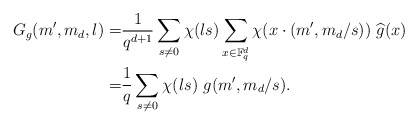
\begin{align*}G_g(m^\prime, m_d, l)=&\frac{1}{q^{d+1}} \sum_{s\ne 0} \chi(ls) \sum_{x\in \mathbb F_q^d} \chi(x\cdot (m^\prime, m_d/s))~ \widehat{g}(x)\\=&\frac{1}{q} \sum_{s\ne 0} \chi(ls)~ g(m^\prime, m_d/s).\end{align*}